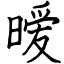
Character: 暧